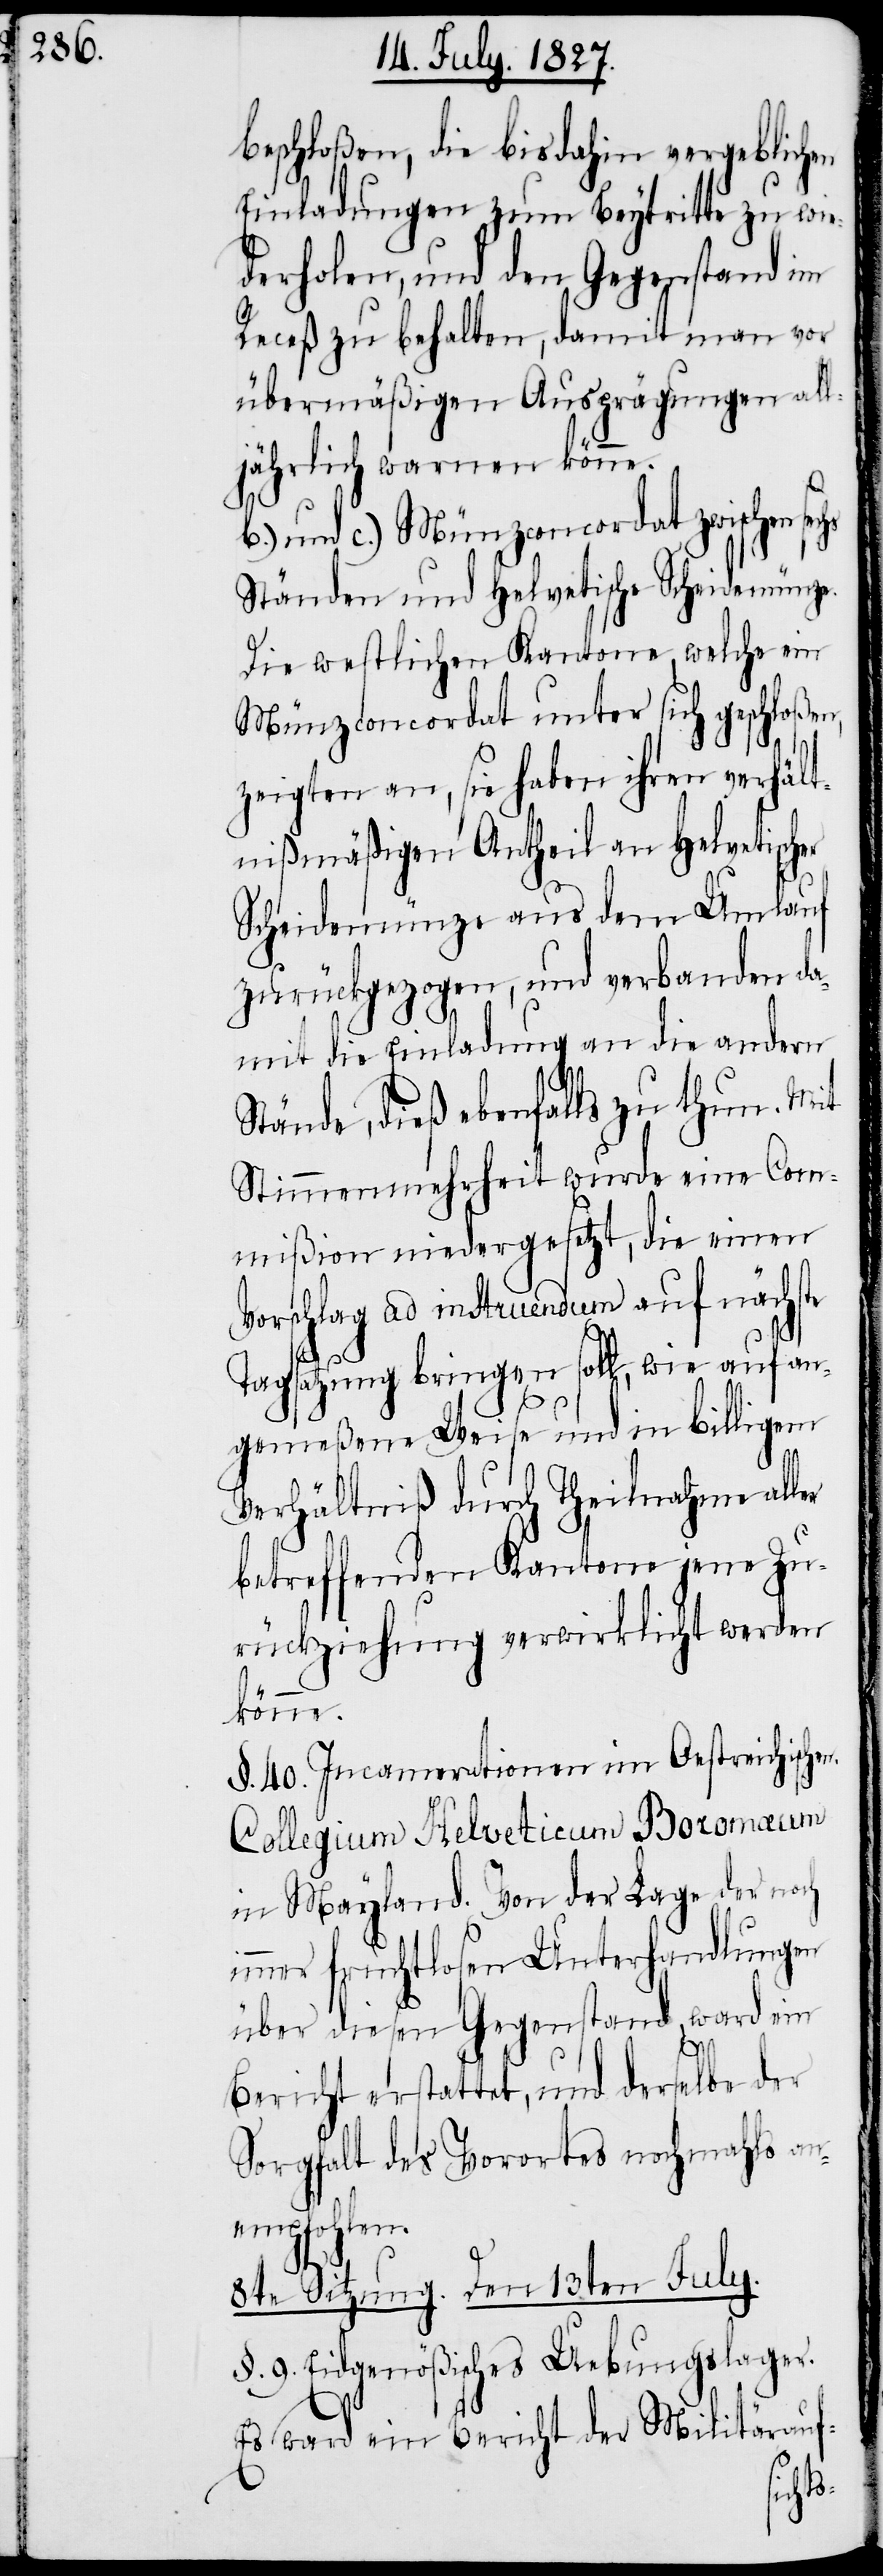
beschloßen, die bis dahin vergeblichen
Einladungen zum Beytritte zu wie¬
derholen, und den Gegenstand im
Receß zu behalten, damit man vor
übermäßigen Ausprägungen al¬
ljährlich warnen könne.
b.) und c.) Münzconcordat zwischen
Ständen und helvetische Scheidemünze.
Die westlichen Kantone, welche ein
Münzconcordat unter sich geschloßen,
zeigten an, sie haben ihren verhält¬
nißmäßigen Antheil an helvetischer
Scheidemünze aus dem Umlauf
zurückgezogen, und verbanden da¬
mit die Einladung an die andern
Stände, dieß ebenfalls zu thun. Mit
Stimmenmehrheit wurde eine Com¬
mißion niedergesetzt, die einen
Vorschlag ad instruendum auf nächste
Tagsatzung bringen soll, wie auf an¬
gemeßene Weise und in billigem
Verhältniß durch Theilnahme
betreffenden Kantone jene Zu¬
rückziehung verwirklicht werden
könne.
§. 40. Incamerationen im Oestreichischen.
Collegium Helveticum Boromaeum
in Mayland. Von der Lage der noch
immer fruchtlosen Unterhandlungen
über diesen Gegenstand, ward ein
Bericht erstattet, und derselbe der
Sorgfalt des Vorortes nochmahls an¬
empfohlen.
8te Sitzung. Den 13ten July.
§. 9. Eidgenößisches Uebungslager.
Es war ein Bericht der Militärauf-
sechs